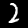
Digit: 2